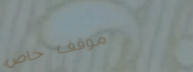
موقف خاص